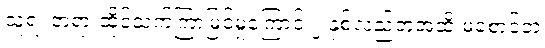
သူ့ရဲ့ တရားထိုင်သက်ကြာမြင့်မှုကြောင့် ၂ နှစ်လည်တဲ့အထိ မစောင့်ဘဲ